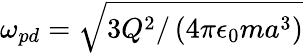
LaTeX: \omega_{pd}=\sqrt{3Q^{2}/\left(4\pi\epsilon_{0}ma^{3}\right)}